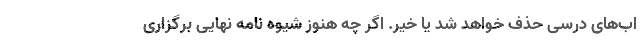
اب‌های درسی حذف خواهد شد یا خیر. اگر چه هنوز شیوه نامه نهایی برگزاری